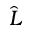
\widehat { L }